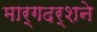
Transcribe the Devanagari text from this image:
मार्गदर्शने